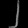
Digit: ၂